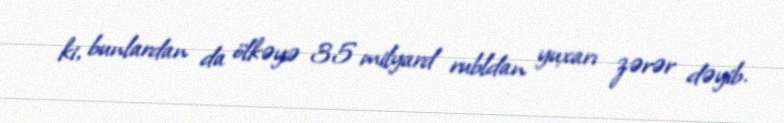
ki, bunlardan da ölkəyə 35 milyard rubldan yuxarı zərər dəyib.